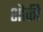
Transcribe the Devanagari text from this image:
शौकी